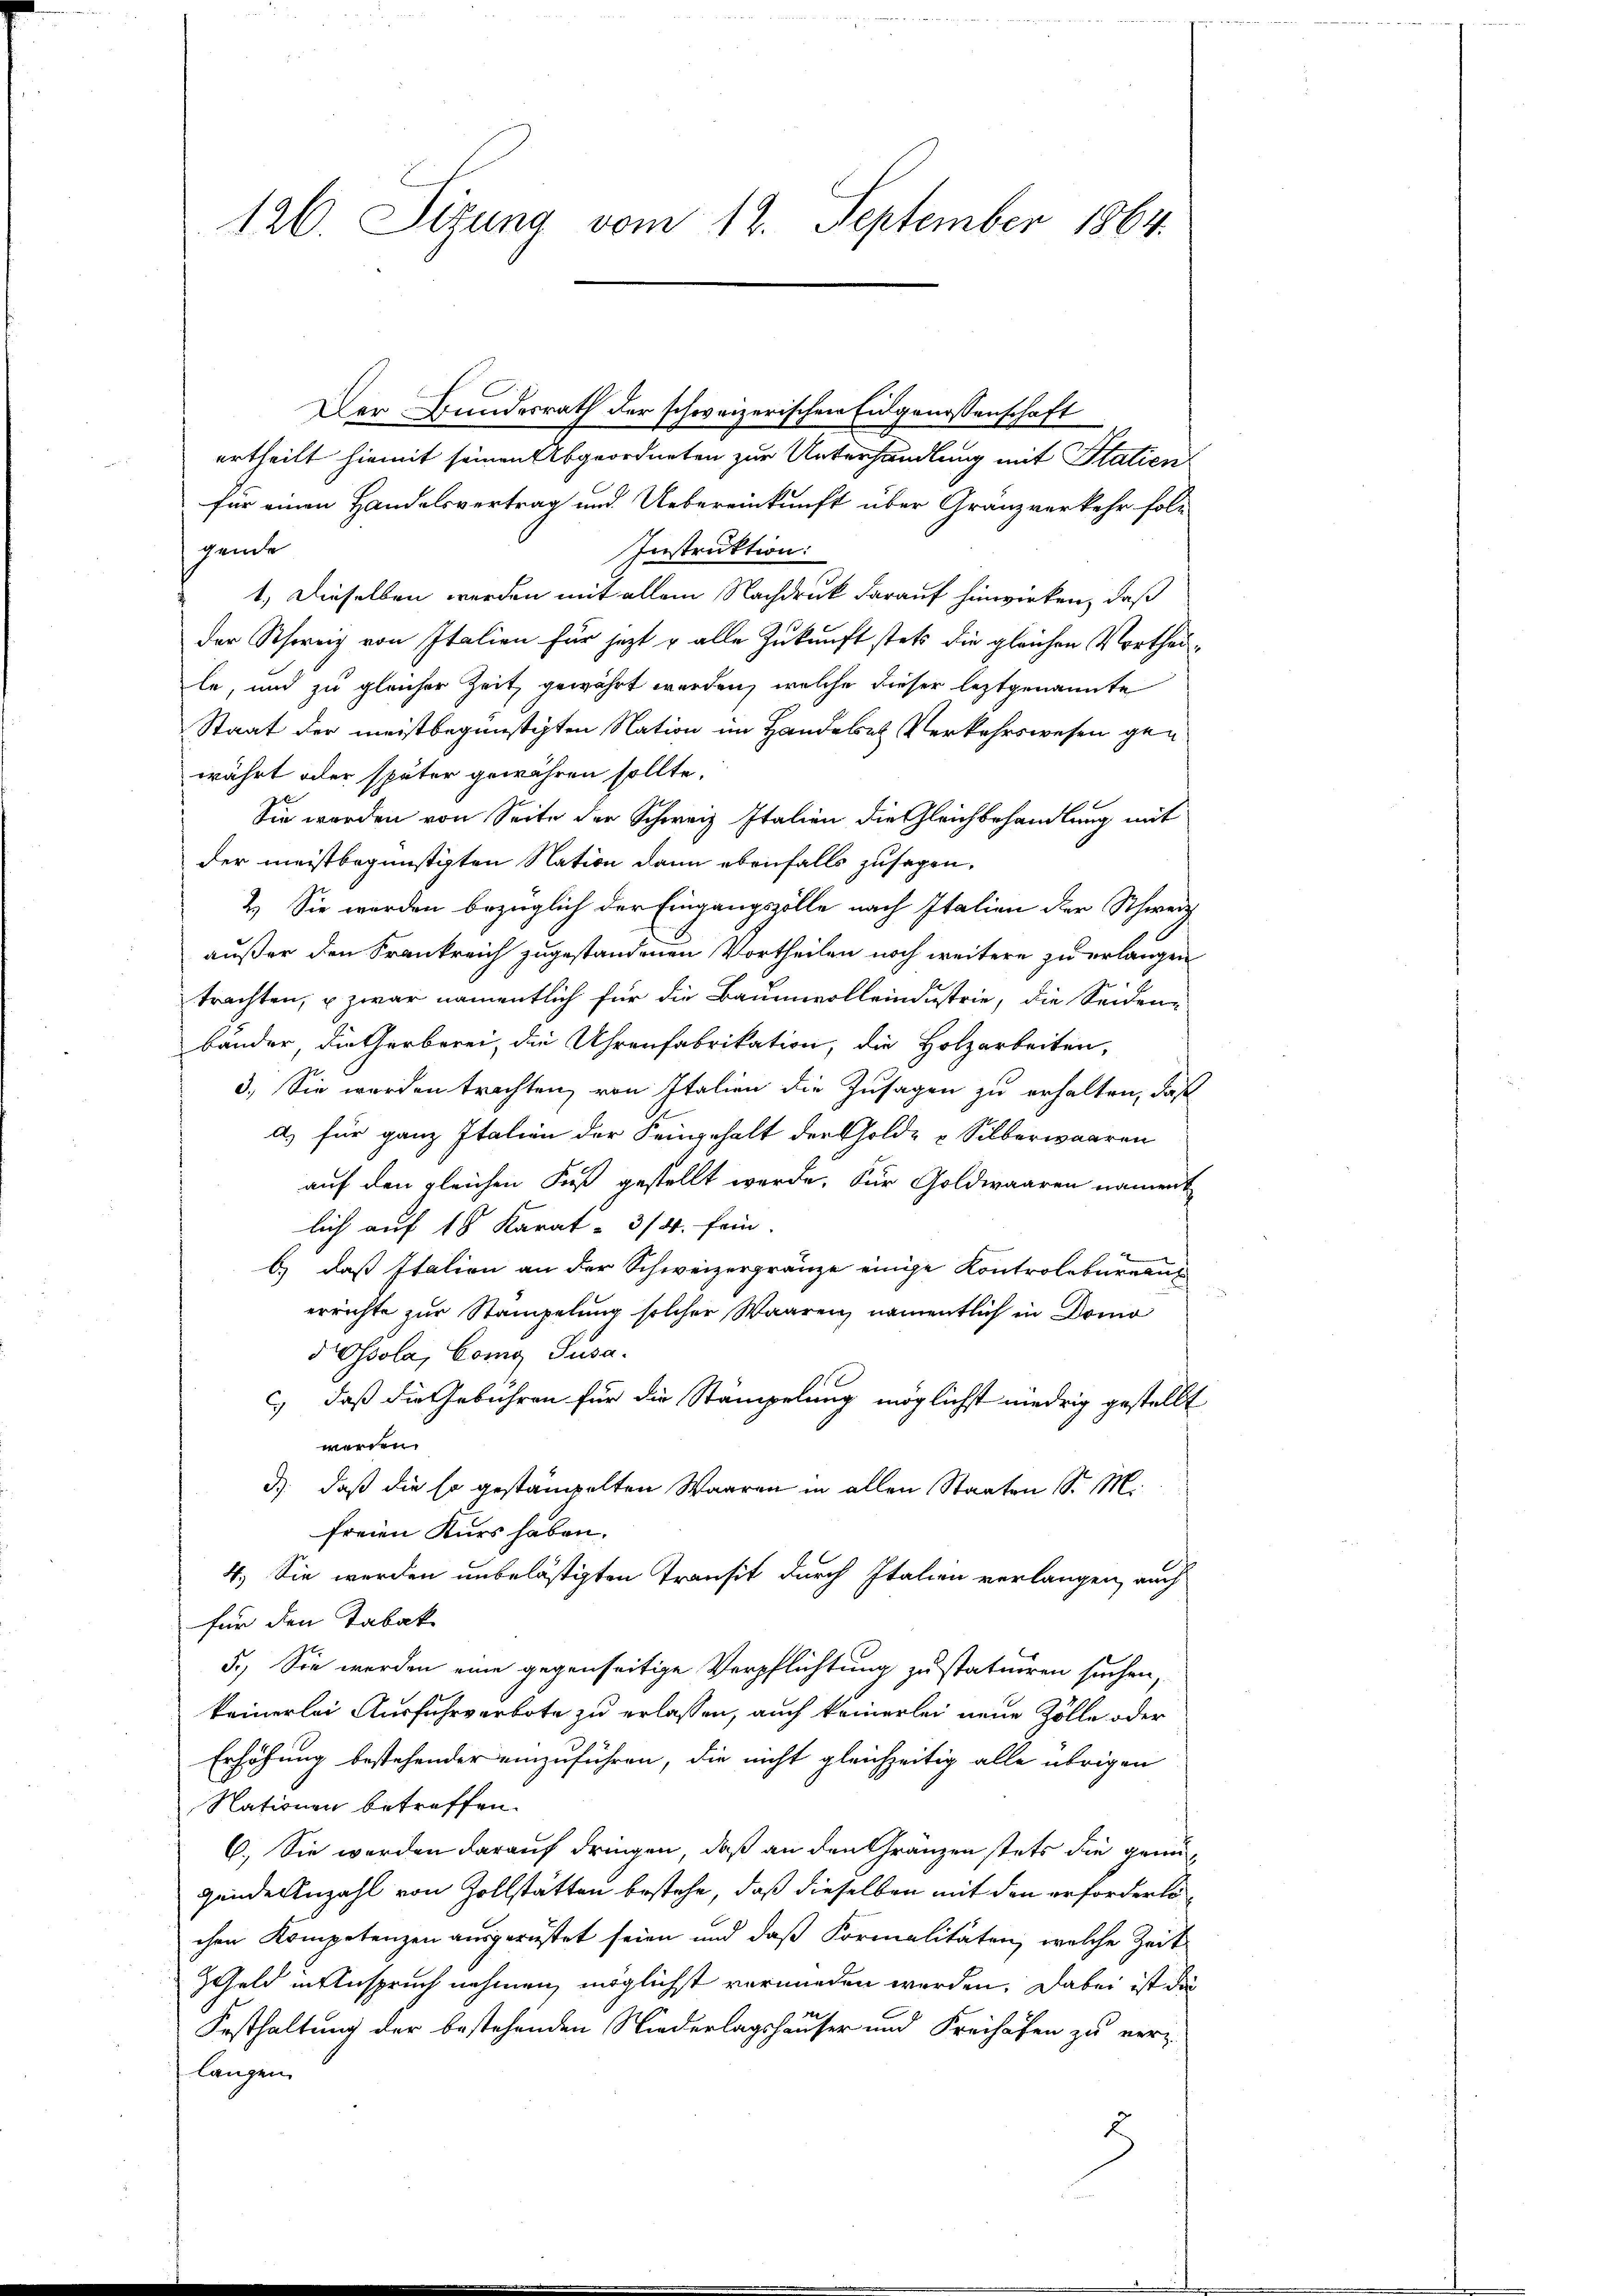
126. Sizung vom 12. September 1864.

Der Bundesrath der schweizerischen Eidgenossenschaft
ertheilt hiemit seinen Abgeordneten zur Unterhandlung mit Station
für einen Handelsvertrag und Uebereinkunft über Gränzverkehr folg
gende
Instruktion:
1.) Dieselben werden mit allem Nachdruck darauf hinwirken, daß
der Schweiz von Italien für jezt u alle Zukunft stets die gleichen Vortheile, und zu gleicher Zeit gewährt werden, welche dieser leztgenannte
Staat der meistbegünstigten Nation im Handeler Verkehrswesen gen
währt oder später gewähren sollte.
Sie werden von Seite der Schweiz Italien die Gleichbehandlung mit
der meistbegünstigten Nation dann ebenfalls zusagen,
2.) Sie werden bezüglich der Eingangszölle nach Italien der Schweiz
außer den Frankreich zugestandenen Vortheilen noch weitere zu erlangen
trachten, u. zwar namentlich für die Baumvolleindustrie, die Seiden-
bänder, die Gerberei, die Uhrenfabrikation, die Holzarbeiten,
3. Sie werden trachten, von Italien die Zusagen zu erhalten, daß
a) für ganz Italien der Seingehalt der Gold- & Silberwaaren
auf den gleichen Fuß gestellt werde. Für Goldwaaren nament
lich auf 18 Karat- 3/4. fein.
b) daß Italion an der Schweizergränze einige Kontrolbureau
errichte zur Stampelung solcher Waaren, namentlich in Domo
ssola, Comg Susa
c.) daß die Gebühren für die Stämpelung möglichst niedrig gestellt
werden.
d) daß die so gestampelten Waaren in allen Staaten Sr. M.
freien Kurs haben.
4.) Sie werden unbelästigten Transit durch Italien verlangen, auch
für den Tabak
5.) Sie werden eine gegenseitige Verpflichtung zustatuiren suchen,
keinerlei Ausfuhrverbote zu erlassen, auch keinerlei neue Zölle oder
Erhöhung bestehender einzuführen, die nicht gleichzeitig alle übrigen
Nationen betreffen.
6.) Sie werden darauf dringen, daß an den Gränzen stets die genü-
gende Anzahl von Zollstätten bestehe, daß dieselben mit den erforderte
chen Kompetenzen ausgerüstet seien und daß Formalitäten, welche Zeit
ZGeld in Anspruch nehmen möglichst vermieden werden. Dabei ist da
Festhaltung der bestehenden Niederlagshäuser und Freihafen zu ver-
langen.
2